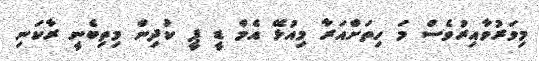
މިވަރުވާއިރުވެސް މަ ހިތަށްއަރާ މިއުޅޭ އެމް ޑީ ޕީ ކުދިން މިތިބެނީ ރާކަނި